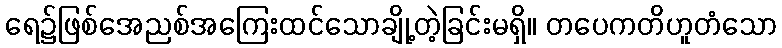
ရေ၌ဖြစ်အေညစ်အကြေးထင်သောချို့တဲ့ခြင်းမရှိ။ တပေကတိဟူတံသော